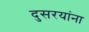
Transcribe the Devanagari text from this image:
दुसरयांना